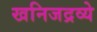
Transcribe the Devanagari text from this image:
खनिजद्रव्ये